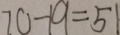
7 0 - 1 9 = 5 1